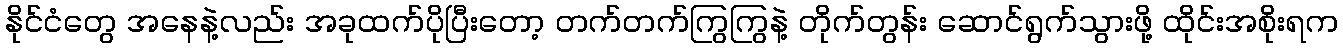
နိုင်ငံတွေ အနေနဲ့လည်း အခုထက်ပိုပြီးတော့ တက်တက်ကြွကြွနဲ့ တိုက်တွန်း ဆောင်ရွက်သွားဖို့ ထိုင်းအစိုးရက